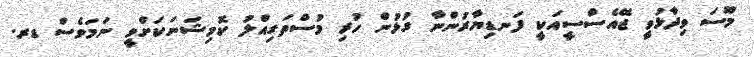
މޫސަ ވިދާޅުވީ ޖޭއެސްސީއަކީ ފަނޑިޔާރުންނާ ގުޅުން ހުރި މުސްތަގިއްލު ކޮމިޝަނަކަށްވީ ނަމަވެސް ޑރ.